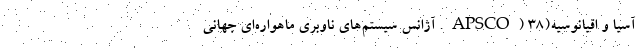
آسیا و اقیانوسیه(APSCO) ۳۸. آژانس سیستم‌های ناوبری ماهواره‌ای جهانی